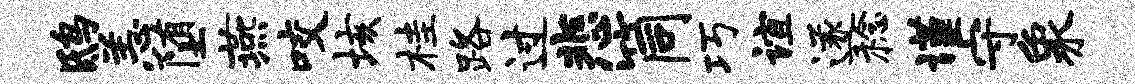
鸱恙堕燕咬垓桂路过悲筒巧谊遂稔谨守象